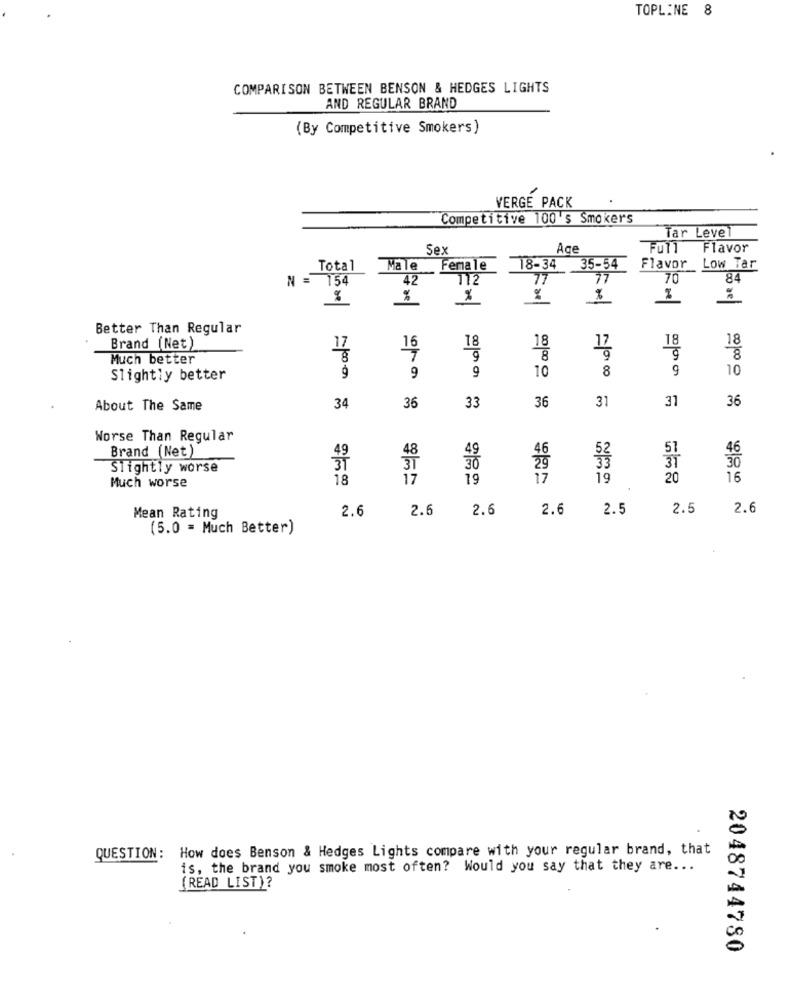
TOPLINE 8
COMPARISON BETWEEN BENSON & HEDGES LIGHTS
AND REGULAR BRAND
(By Competitive Smokers)
VERGE PACK
Competitive 100 's Smokers
Tar Levet
Sex
Flavor
18-34
Total
Male
Female
35-54
Flavor
Low Tar
N = 154
RC
42
112
77
77
70
84
%
%
%
Better Than Regular
17
18
18
Brand (Net)
17
18
18
8
Much better
8
9
9
9
10
8
10
Slightly better
9
34
36
31
31
36
About The Same
36
33
Worse Than Regular
Brand (Net)
51
46
Slightly worse
30
18
17
19
17
19
20
16
Much worse
2.6
2.6
2.6
2.6
2.5
2.5
2.6
Mean Rating
(5.0 = Much Better)
QUESTION: How does Benson & Hedges Lights compare with your regular brand, that
is, the brand you smoke most often? Would you say that they are ...
(READ LIST)?
2048744780